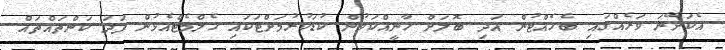
އެކަށޭނަ ވަރެއްގައި ބެހެއްޓުން އަދި ބޮލަށް ހާނީއްކަވުން ކުޑަކުރުމަށްޓަކައި ހެލްމެޓްއެޅުން ފަދަ ކަންތައްތައް